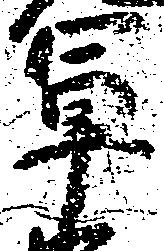
軍